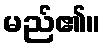
မည်၏။